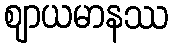
ဈာယမာနဿ